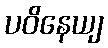
ပဝိနေယျ